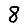
Digit: 8